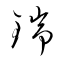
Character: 瑞